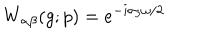
W _ { \alpha \beta } ( g ; p ) = e ^ { - i \sigma _ { 3 } \omega / 2 }